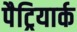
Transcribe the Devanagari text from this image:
पैट्रियार्क